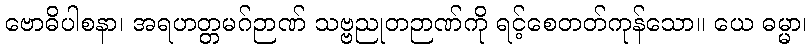
ဗောဓိပါစနာ၊ အရဟတ္တမဂ်ဉာဏ် သဗ္ဗညုတဉာဏ်ကို ရင့်စေတတ်ကုန်သော။ ယေ ဓမ္မာ၊